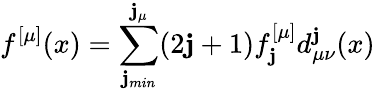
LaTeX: f^{[\mu]}(x)=\sum_{\mathbf{j}_{min}}^{\mathbf{j}_{\mu}}(2\mathbf{j}+1)f_{\mathbf{j}}^{[\mu]}d_{\mu\nu}^{\mathbf{j}}(x)